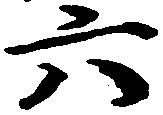
六